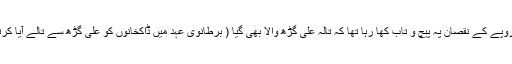
چار روپے کے نقصان پہ پیچ و تاب کھا رہا تھا کہ تالہ علی گڑھ والا بھی گیا ( برطانوی عہد میں ڈاکخانوں کو علی گڑھ سے تالے آیا کرتے )۔